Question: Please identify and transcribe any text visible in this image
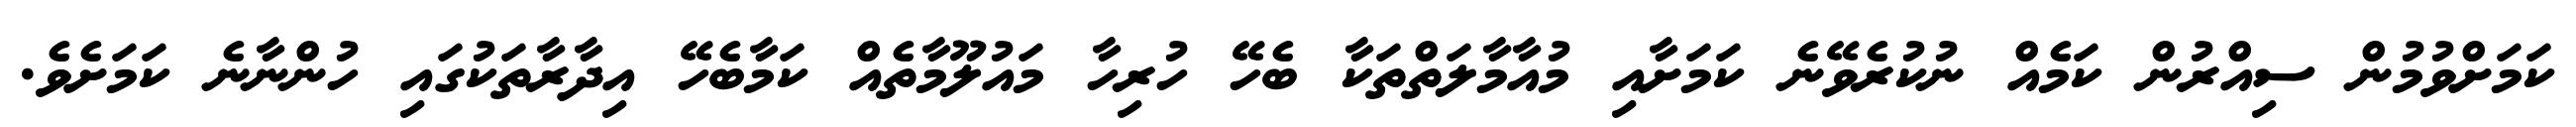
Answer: ކަމަށްވުމުން ސިއްރުން ކަމެއް ނުކުރެވޭނެ ކަމަށާއި މުއާމާލަތްތަކާ ބެހޭ ހުރިހާ މައުލޫމާތެއް ކަމާބެހޭ އިދާރާތަކުގައި ހުންނާނެ ކަމަށެވެ.